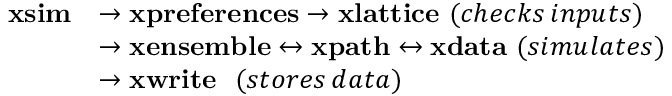
\begin{array} { r l } { \mathbf { x s i m } } & { \rightarrow \mathbf { x p r e f e r e n c e s } \rightarrow \mathbf { x l a t t i c e } \, \, ( c h e c k s \, i n p u t s ) } \\ & { \rightarrow \mathbf { x e n s e m b l e } \leftrightarrow \mathbf { x p a t h } \leftrightarrow \mathbf { x d a t a } \, \, ( s i m u l a t e s ) } \\ & { \rightarrow \mathbf { x w r i t e } \, \, \, \, ( s t o r e s \, d a t a ) } \end{array}